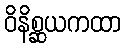
ဝိနိစ္ဆယကထာ